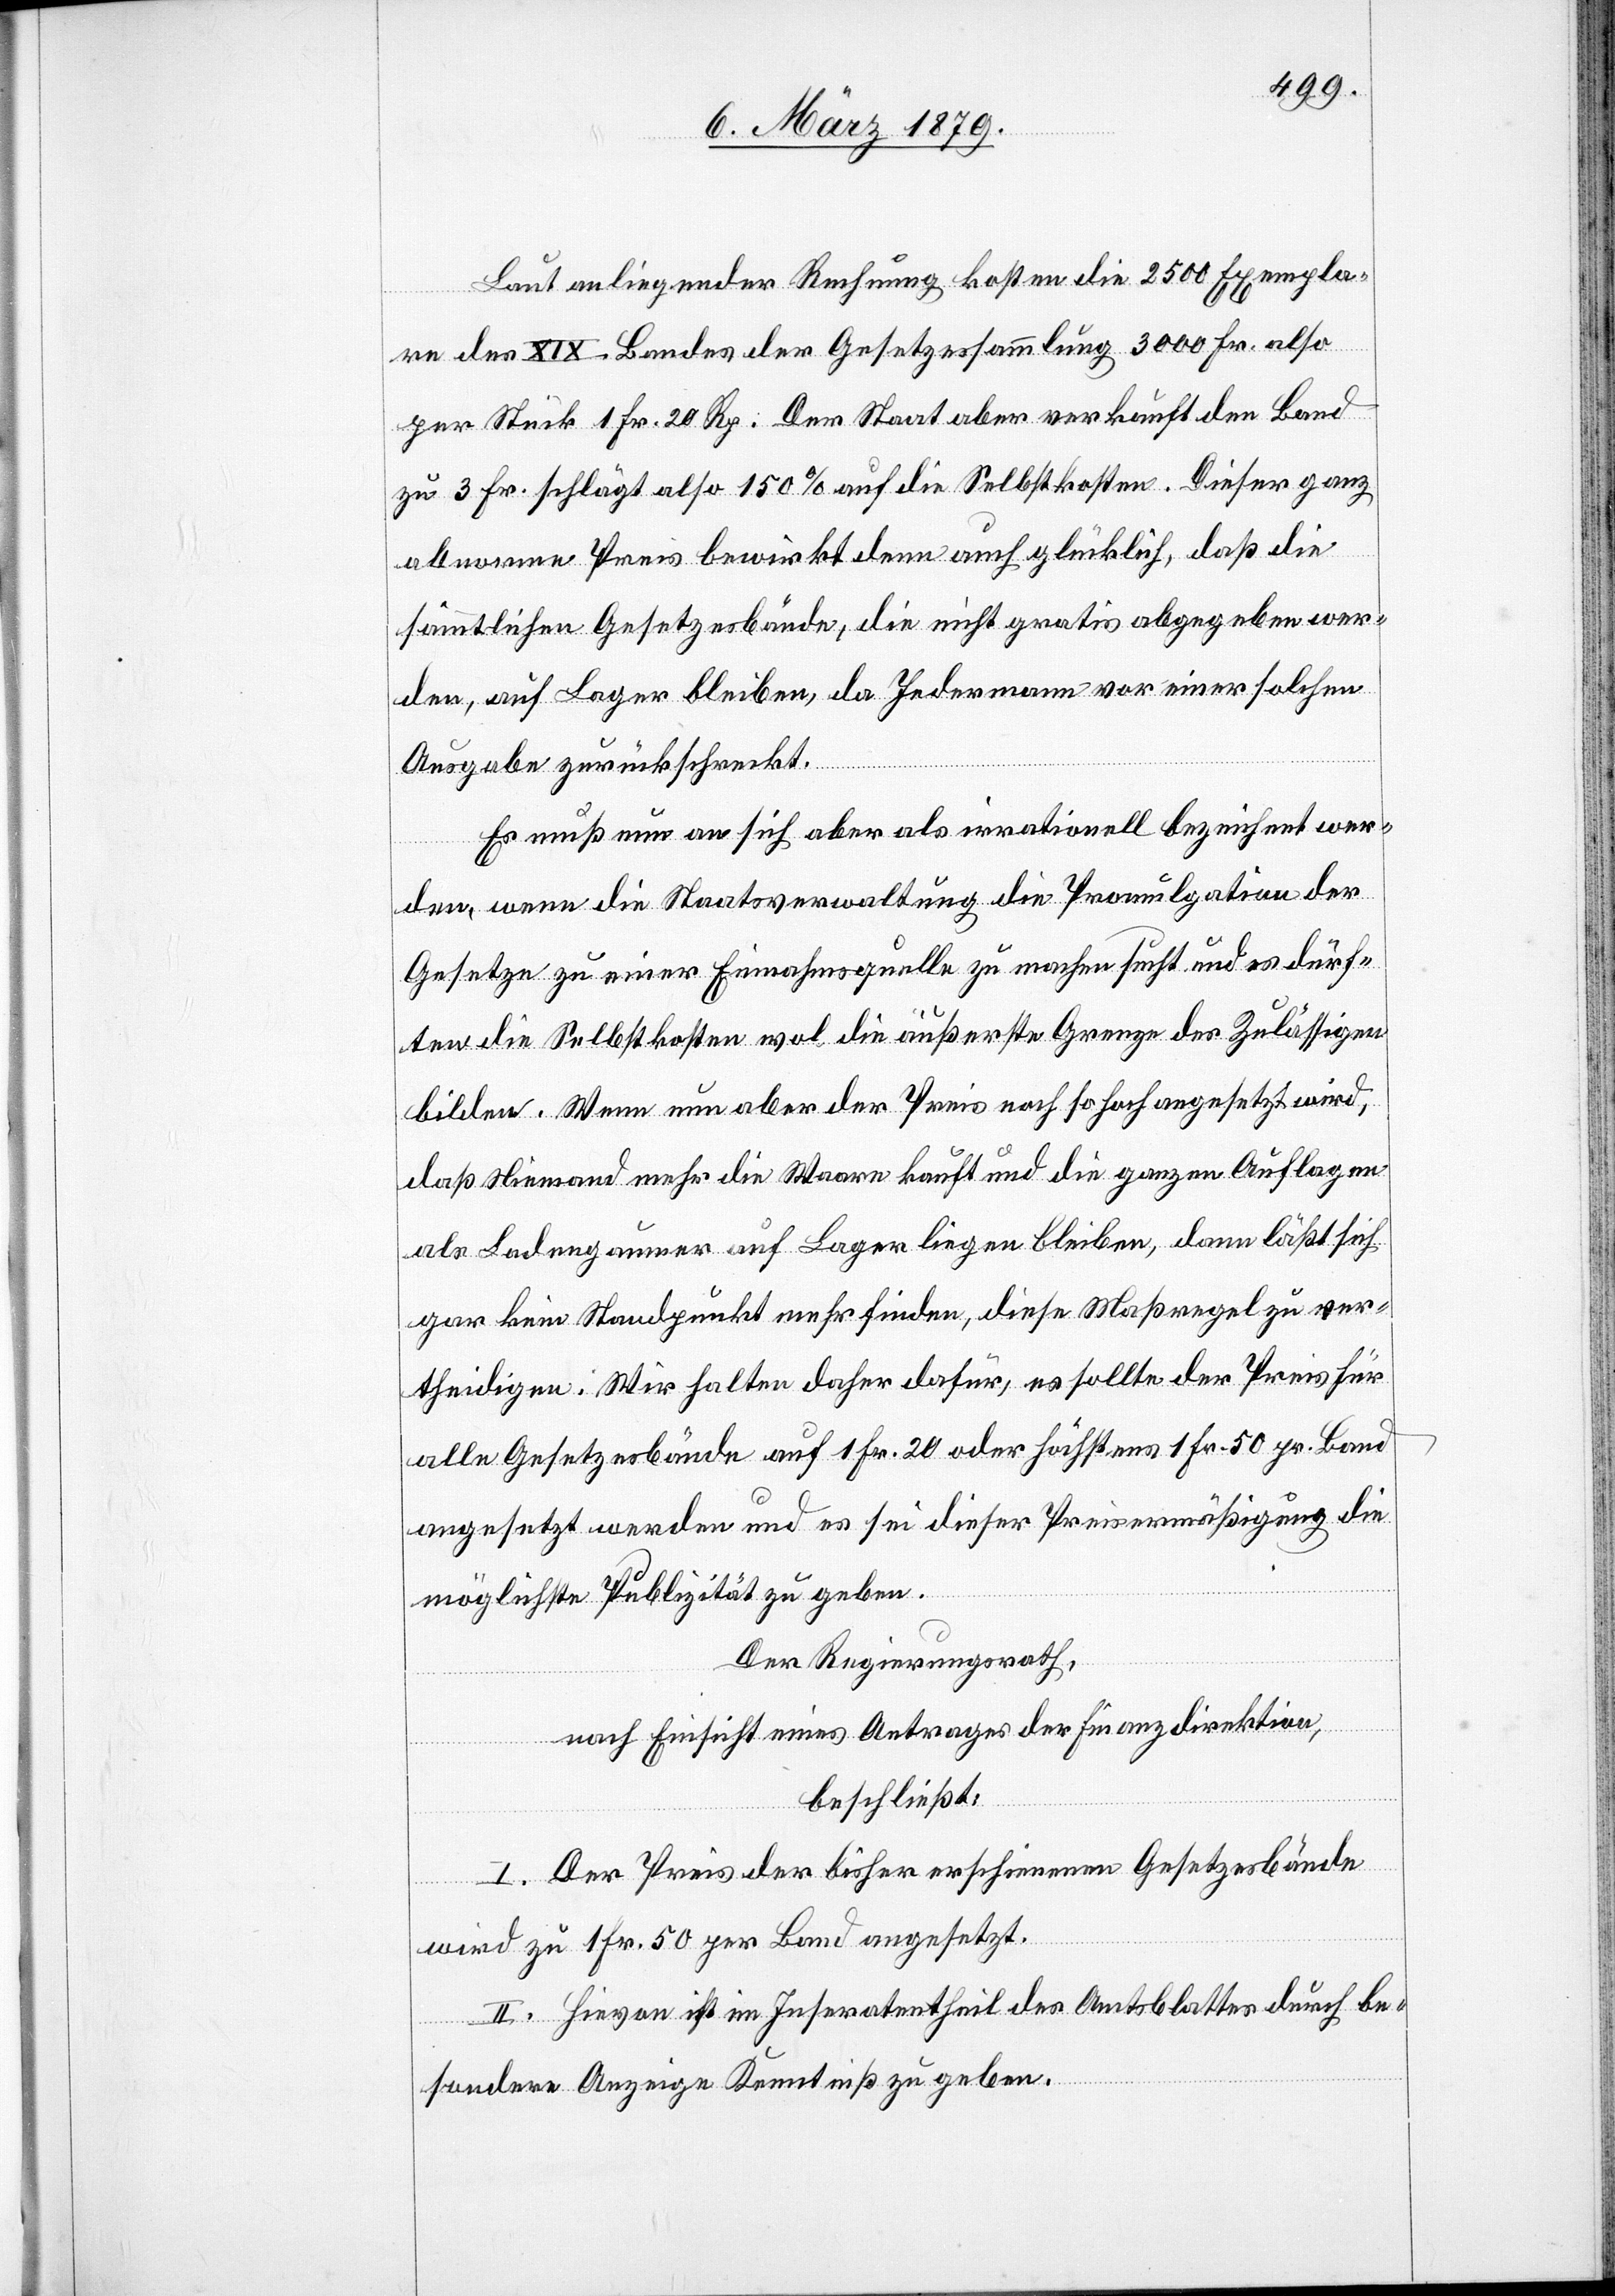
Laut anliegender Rechnung kosten die 2500 Exempla¬
re des XIX. Bandes der Gesetzessammlung 3000 Fr. also
per Stück 1 Fr. 20 Rp. Der Staat aber verkauft den Band
zu 3 Fr. schlägt also 150% auf die Selbstkosten. Dieser ganz
abnorme Preis bewirkt denn auch glücklich, daß die
sämmtlichen Gesetzesbände, die nicht gratis abgegeben wer¬
den, auf Lager bleiben, da Jedermann vor einer solchen
Ausgabe zurückschreckt.
Es muß nun an sich aber als irrationell bezeichnet wer¬
den, wenn die Staatsverwaltung die Promulgation der
Gesetze zu einer Einnahmensquelle zu machen sucht und es dürf¬
ten die Selbstkosten wol die äußerste Grenze des Zulässigen
bilden. Wenn nun aber der Preis noch so hoch angesetzt wird,
daß Niemand mehr die Waare kauft und die ganzen Auflagen
als Ladengaumer auf Lager liegen bleiben, dann läßt sich
gar kein Standpunkt mehr finden, diese Maßregel zu ver¬
theidigen. Wir halten daher dafür, es sollte der Preis für
alle Gesetzesbände auf 1 Fr. 20 oder höchstens 1 Fr. 50 pr. Band
angesetzt werden und es sei dieser Preisermäßigung die
möglichste Publizität zu geben.
Der Regierungsrath,
nach Einsicht eines Antrages der Finanzdirektion,
beschließt:
I. Der Preis der bisher erschienenen Gesetzesbände
wird zur 1 Fr. 50 per Band angesetzt.
II. Hievon ist im Inseratentheil des Amtsblattes durch be¬
sondere Anzeige Kenntniß zu geben.